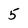
Character: 5